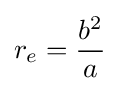
r_{e}={\frac {b^{2}}{a}}